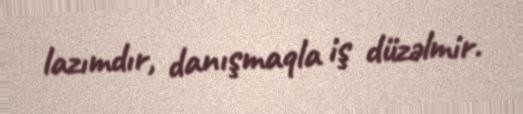
lazımdır, danışmaqla iş düzəlmir.